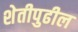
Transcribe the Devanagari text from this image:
शेतीपुढील